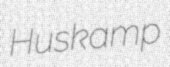
Huskamp